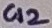
Text: C12